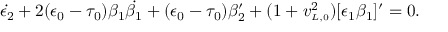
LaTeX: \dot { \epsilon _ { 2 } } + 2 ( \epsilon _ { 0 } - \tau _ { 0 } ) \beta _ { 1 } \dot { \beta _ { 1 } } + ( \epsilon _ { 0 } - \tau _ { 0 } ) \beta _ { 2 } ^ { \prime } + ( 1 + v _ { \scriptscriptstyle L , 0 } ^ { 2 } ) [ \epsilon _ { 1 } \beta _ { 1 } ] ^ { \prime } = 0 .